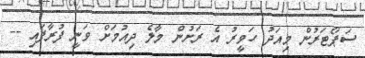
ސަޕޯޓަރުން މިއަދު ހަވީރު އެ ރަށުން މާލެ ދިއުމަށް ވަނީ ފުރާފައި --